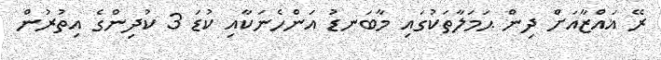
ރޭ ޣައްޒާއަށް ދިން ޙަމަލާތަކުގައި މާބަނޑު އަންހެނަކާއި ކުޑަ 3 ކުދިންގެ އިތުރުން